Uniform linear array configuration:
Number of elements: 48
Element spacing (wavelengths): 0.25
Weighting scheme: hann
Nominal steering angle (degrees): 30
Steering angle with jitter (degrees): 31.806
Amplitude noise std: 0.05
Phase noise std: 0.05

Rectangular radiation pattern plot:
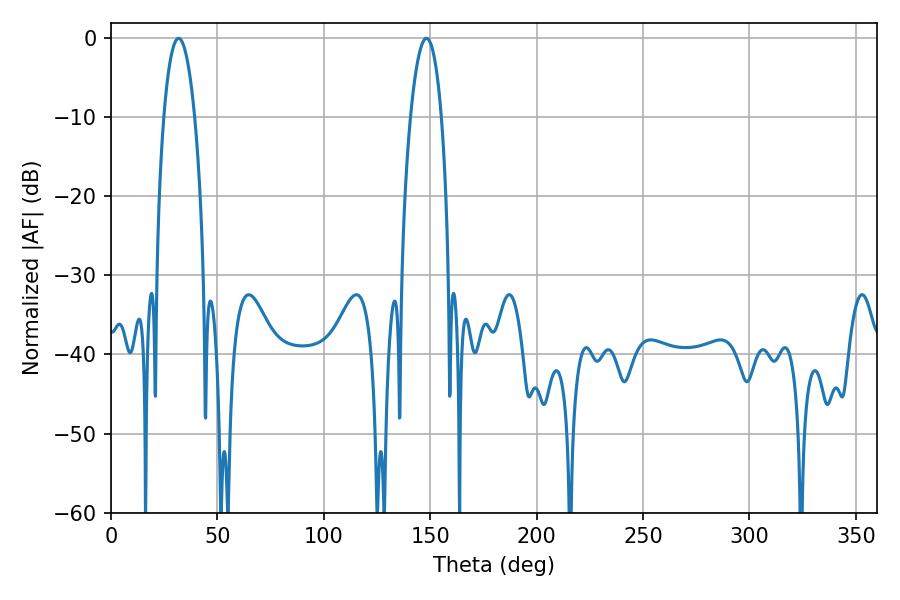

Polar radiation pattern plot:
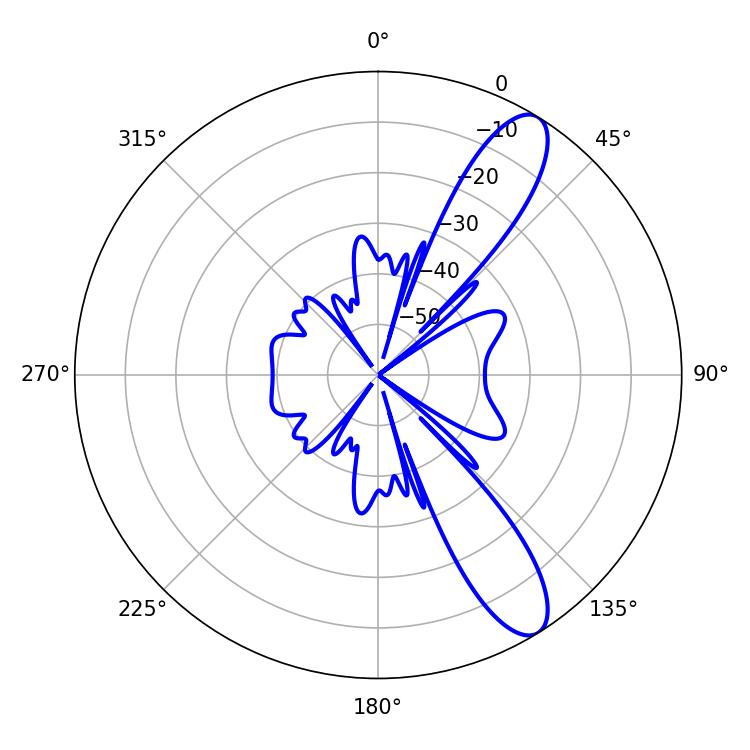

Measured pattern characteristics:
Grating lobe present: FALSE
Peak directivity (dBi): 10.984
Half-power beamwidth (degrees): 8.1
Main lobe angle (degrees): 31.68